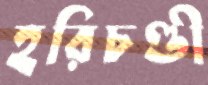
হরিচণ্ডী